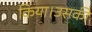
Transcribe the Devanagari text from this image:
किया।उसकी